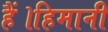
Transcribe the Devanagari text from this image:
हैं।हिमानी